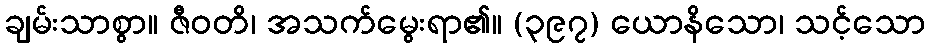
ချမ်းသာစွာ။ ဇီဝတိ၊ အသက်မွေးရာ၏။ (၃၉၇) ယောနိသော၊ သင့်သော